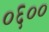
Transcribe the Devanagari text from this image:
०६००